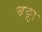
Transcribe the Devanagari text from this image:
बठ्ठा